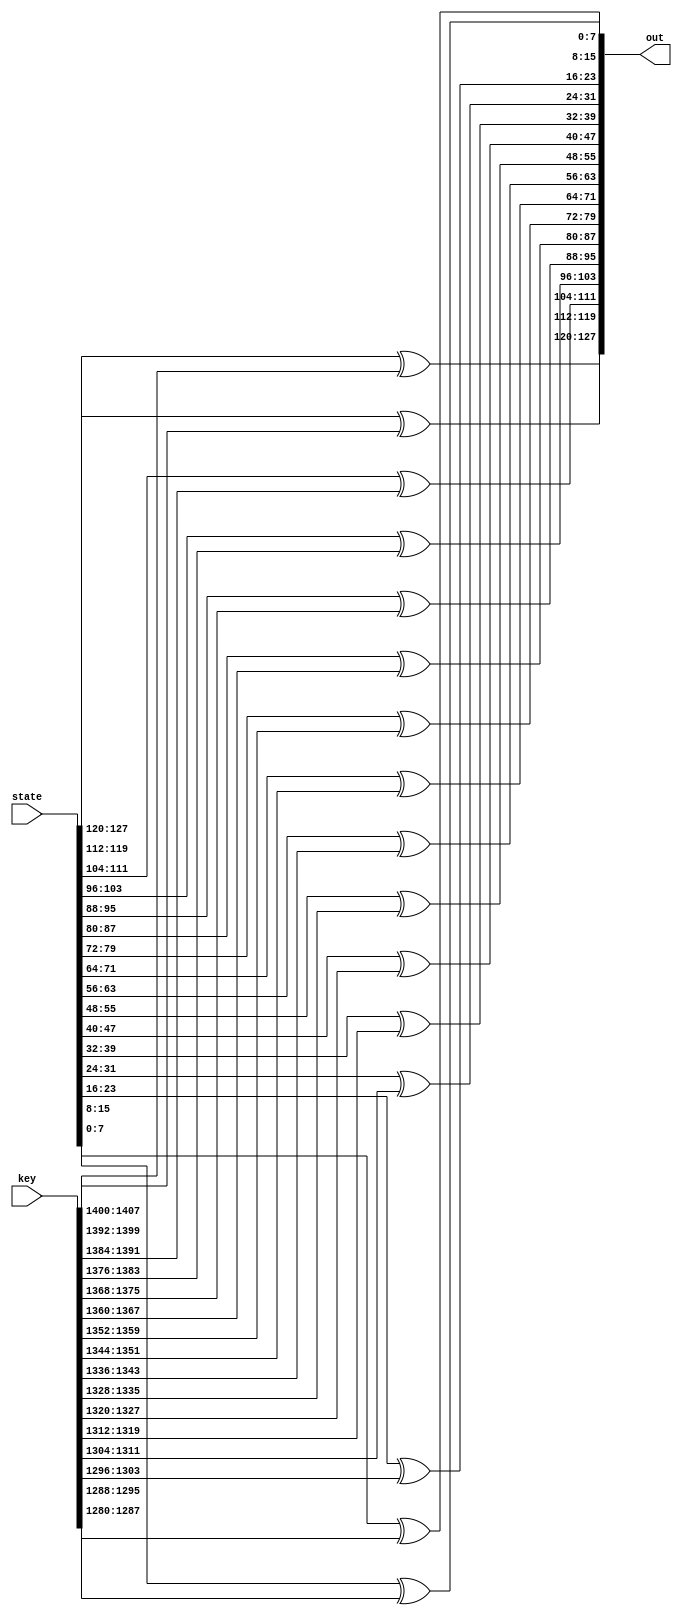
module AddRoundKey(state,key, out);
parameter NK=4;
parameter round=0;
/* access it with:
1- defparam "module instance name".NK= value
2- AddRoundKey #(value) "instance name"(ports)
*/
input [4*(NK+7)*32-1:0] key;
input [127:0]state;
output wire [127:0] out;

assign out[127:120]=state[127:120]^key[(4*(NK+7)*32-1)-(round*128):4*(NK+7)*32-1-(round*128)-7];
assign out[119:112]=state[119:112]^key[(4*(NK+7)*32-1)-(round*128)-8:4*(NK+7)*32-1-(round*128)-15];
assign out[111:104]=state[111:104]^key[(4*(NK+7)*32-1)-(round*128)-16:4*(NK+7)*32-1-(round*128)-23];
assign out[103:96]=state[103:96]^key[(4*(NK+7)*32-1)-(round*128)-24:4*(NK+7)*32-1-(round*128)-31];

assign out[95:88]=state[95:88]^key[(4*(NK+7)*32-1)-(round*128)-32:4*(NK+7)*32-1-(round*128)-39];
assign out[87:80]=state[87:80]^key[(4*(NK+7)*32-1)-(round*128)-40:4*(NK+7)*32-1-(round*128)-47];
assign out[79:72]=state[79:72]^key[(4*(NK+7)*32-1)-(round*128)-48:4*(NK+7)*32-1-(round*128)-55];
assign out[71:64]=state[71:64]^key[(4*(NK+7)*32-1)-(round*128)-56:4*(NK+7)*32-1-(round*128)-63];

assign out[63:56]=state[63:56]^key[(4*(NK+7)*32-1)-(round*128)-64:4*(NK+7)*32-1-(round*128)-71];
assign out[55:48]=state[55:48]^key[(4*(NK+7)*32-1)-(round*128)-72:4*(NK+7)*32-1-(round*128)-79];
assign out[47:40]=state[47:40]^key[(4*(NK+7)*32-1)-(round*128)-80:4*(NK+7)*32-1-(round*128)-87];
assign out[39:32]=state[39:32]^key[(4*(NK+7)*32-1)-(round*128)-88:4*(NK+7)*32-1-(round*128)-95];

assign out[31:24]=state[31:24]^key[(4*(NK+7)*32-1)-(round*128)-96:4*(NK+7)*32-1-(round*128)-103];
assign out[23:16]=state[23:16]^key[(4*(NK+7)*32-1)-(round*128)-104:4*(NK+7)*32-1-(round*128)-111];
assign out[15:8]=state[15:8]^key[(4*(NK+7)*32-1)-(round*128)-112:4*(NK+7)*32-1-(round*128)-119];
assign out[7:0]=state[7:0]^key[(4*(NK+7)*32-1)-(round*128)-120:4*(NK+7)*32-1-(round*128)-127];

endmodule